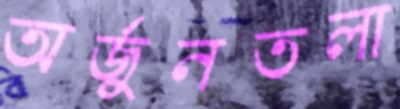
অর্জুনতলা